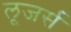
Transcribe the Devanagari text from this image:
लूजर्स